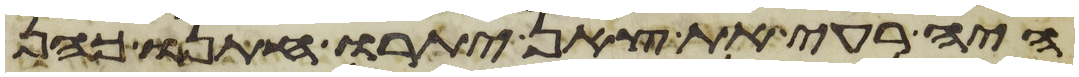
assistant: היה רעה את צאן יתרו חתנו כהן